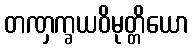
တဏှက္ခယဝိမုတ္တိယော